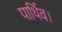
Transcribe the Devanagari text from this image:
पार्थिव।